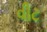
વીટ